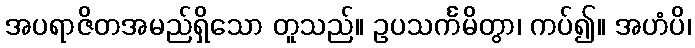
အပရာဇိတအမည်ရှိသော တူသည်။ ဥပသင်္ကမိတွာ၊ ကပ်၍။ အဟံပိ၊